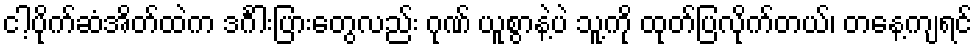
ငါ့ပိုက်ဆံအိတ်ထဲက ဒင်္ဂါးပြားတွေလည်း ဂုဏ် ယူစွာနဲ့ပဲ သူ့ကို ထုတ်ပြလိုက်တယ်၊ တနေ့ကျရင်